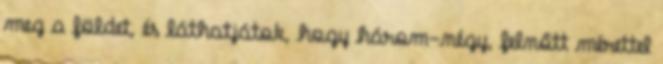
meg a földet, és láthatjátok, hogy három-négy, felnőtt mérettel